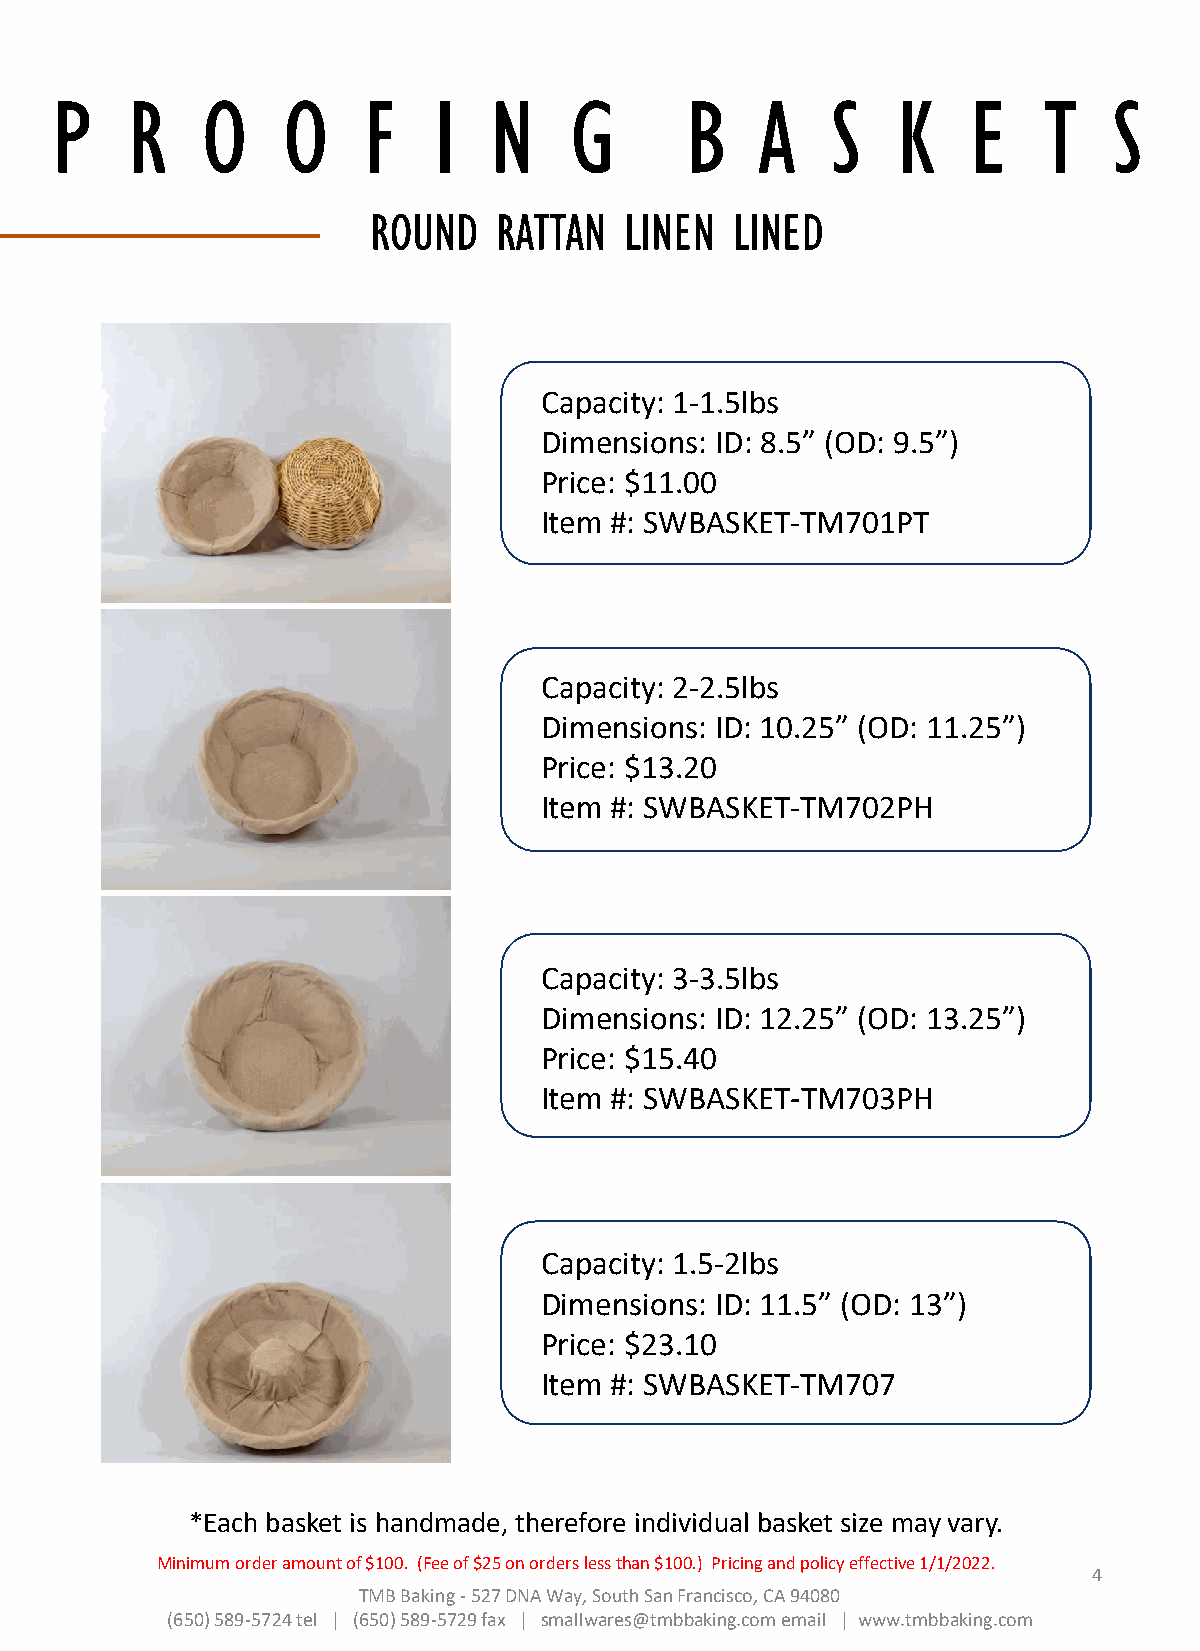
P    R    O     O    F    I  N     G      B    A    S   K    E    T    S
 ROUND   RATTAN  LINEN   LINED
 Capacity: 1-1.5lbs
 Dimensions: ID: 8.5” (OD: 9.5”)
 Price: $11.00
 Item #: SWBASKET-TM701PT
 Capacity: 2-2.5lbs
 Dimensions: ID: 10.25” (OD: 11.25”)
 Price: $13.20
 Item #: SWBASKET-TM702PH
 Capacity: 3-3.5lbs
 Dimensions: ID: 12.25” (OD: 13.25”)
 Price: $15.40
 Item #: SWBASKET-TM703PH
 Capacity: 1.5-2lbs
 Dimensions: ID: 11.5” (OD: 13”)
 Price: $23.10
 Item #: SWBASKET-TM707
 *Each basket is handmade, therefore individual basket size may vary.
 Minimum order amount of $100. (Fee of $25 on orders less than $100.) Pricing and policy effective 1/1/2022.
 4
 TMB Baking -527 DNA Way, South San Francisco, CA 94080
 (650) 589-5724 tel | (650) 589-5729 fax | smallwares@tmbbaking.com email | www.tmbbaking.com